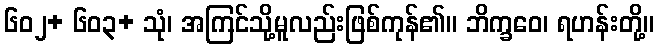
၆၀၂+ ၆၀၃+ သုံ၊ အကြင်သို့မူလည်းဖြစ်ကုန်၏။ ဘိက္ခဝေ၊ ရဟန်းတို့။